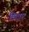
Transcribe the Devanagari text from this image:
लिटाए